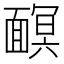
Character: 𩈹